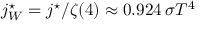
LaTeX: j _ { W } ^ { \star } = j ^ { \star } / \zeta ( 4 ) \approx 0 . 9 2 4 \, \sigma T ^ { 4 } \!